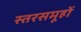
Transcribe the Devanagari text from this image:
स्तरसमूहों